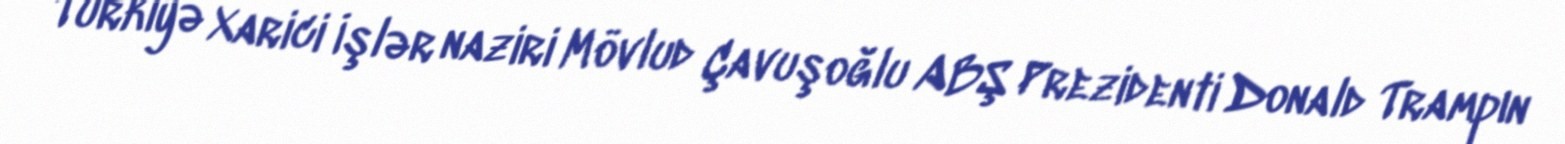
Türkiyə Xarici İşlər naziri Mövlud Çavuşoğlu ABŞ Prezidenti Donald Trampın